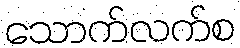
သောက်လက်စ